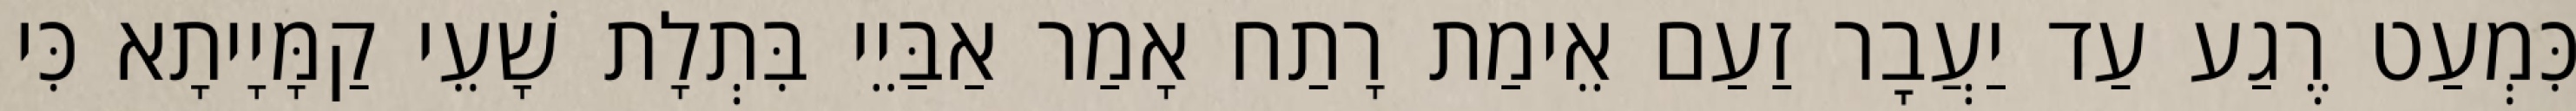
כִּמְעַט רֶגַע עַד יַעֲבׇר זַעַם אֵימַת רָתַח אָמַר אַבַּיֵי בִּתְלָת שָׁעֵי קַמָּיָיתָא כִּי